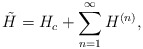
\begin{align*}\tilde{H}=H_c+\sum_{n=1}^\infty H^{( n)},\end{align*}